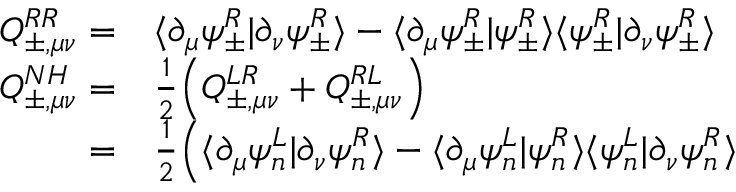
\begin{array} { r l } { Q _ { \pm , \mu \nu } ^ { R R } = } & { { } \langle \partial _ { \mu } \psi _ { \pm } ^ { R } | \partial _ { \nu } \psi _ { \pm } ^ { R } \rangle - \langle \partial _ { \mu } \psi _ { \pm } ^ { R } | \psi _ { \pm } ^ { R } \rangle \langle \psi _ { \pm } ^ { R } | \partial _ { \nu } \psi _ { \pm } ^ { R } \rangle } \\ { Q _ { \pm , \mu \nu } ^ { N H } = } & { { } \frac { 1 } { 2 } \Big ( Q _ { \pm , \mu \nu } ^ { L R } + Q _ { \pm , \mu \nu } ^ { R L } \Big ) } \\ { = } & { { } \frac { 1 } { 2 } \Big ( \langle \partial _ { \mu } \psi _ { n } ^ { L } | \partial _ { \nu } \psi _ { n } ^ { R } \rangle - \langle \partial _ { \mu } \psi _ { n } ^ { L } | \psi _ { n } ^ { R } \rangle \langle \psi _ { n } ^ { L } | \partial _ { \nu } \psi _ { n } ^ { R } \rangle } \end{array}